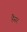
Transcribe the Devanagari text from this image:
हैसर